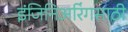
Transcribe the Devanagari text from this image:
इंजिनिअरिंगसाठी